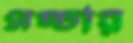
গচ্চার